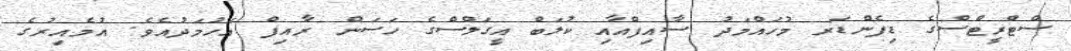
ސްޓްރީޓްސްގެ ޑިފެންޑަރ މުހައްމަދު ސާއިފްއާއި ކުލަބް އީގަލްސްގެ ހަސަން ރާއިފް އަހުމަދުއެވެ. އުމެއިރުގެ